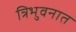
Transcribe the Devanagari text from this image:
त्रिभुवनात